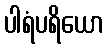
ပါရံပရိယော